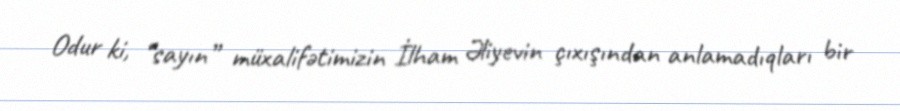
Odur ki, “sayın” müxalifətimizin İlham Əliyevin çıxışından anlamadıqları bir